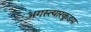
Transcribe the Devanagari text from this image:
अगस्त्यारकूडम